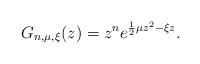
\begin{align*}G_{n,\mu,\xi}(z)=z^ne^{\frac 12\mu z^2-\xi z}.\end{align*}